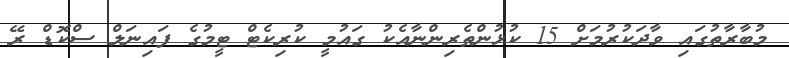
މުބާރާތުގައި ވާދަކުރުމަށް 15 ކުޅުންތެރިންނާއެކު ގައުމީ ކުރިކެޓް ޓީމުގެ ފައިނަލް ސްކޮޑް ރޭ